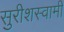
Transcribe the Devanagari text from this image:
सुरीशस्वामी